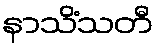
နာသိံသတီ